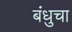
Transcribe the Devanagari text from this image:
बंधुचा